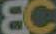
EC